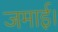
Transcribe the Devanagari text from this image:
जमाई।